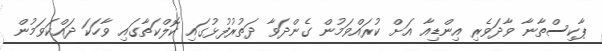
ޕާކިސްތާނާ ވާދަވެރި އިންޑިއާ އަށް ކުރައްވަމުން ގެންދަވާ ދަތުރުފުޅުގައި ކޮލްކަތާގައި ވާހަކަ ދައްކަވަމުން